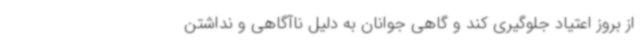
از بروز اعتیاد جلوگیری کند و گاهی جوانان به دلیل ناآگاهی و نداشتن